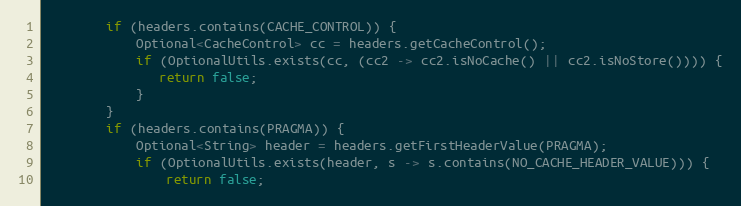
Language: Java
        if (headers.contains(CACHE_CONTROL)) {
            Optional<CacheControl> cc = headers.getCacheControl();
            if (OptionalUtils.exists(cc, (cc2 -> cc2.isNoCache() || cc2.isNoStore()))) {
               return false;
            }
        }
        if (headers.contains(PRAGMA)) {
            Optional<String> header = headers.getFirstHeaderValue(PRAGMA);
            if (OptionalUtils.exists(header, s -> s.contains(NO_CACHE_HEADER_VALUE))) {
                return false;